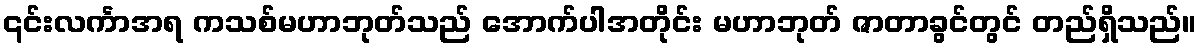
၎င်းလင်္ကာအရ ကသစ်မဟာဘုတ်သည် အောက်ပါအတိုင်း မဟာဘုတ် ဇာတာခွင်တွင် တည်ရှိသည်။